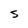
Character: 5